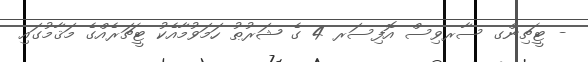
- ޓީޗިންގ ސާރވިސް އޮފިސަރ 4 ގެ ޝަރުޠު ހަމަވުމާއެކު ޓީޗަރެއްގެ މަޤާމުގައި